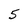
Character: 5